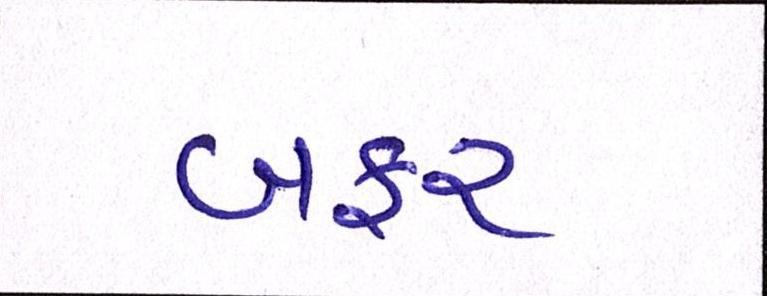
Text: બફર